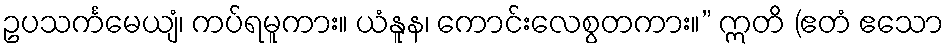
ဥပသင်္ကမေယျံ၊ ကပ်ရမူကား။ ယံနူန၊ ကောင်းလေစွတကား။” ဣတိ (ဧတံ ဧသော